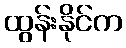
ထွန်းနိုင်က